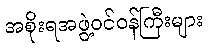
အစိုးရအဖွဲ့ဝင်ဝန်ကြီးများ